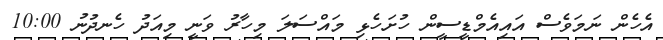
އެހެން ނަމަވެސް އައިއެމްޑީސީން ހުށަހެޅި މައްސަލަ މިހާރު ވަނީ މިއަދު ހެނދުނު 10:00